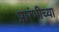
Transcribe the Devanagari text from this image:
प्रारंभीच्‍या